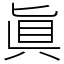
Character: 眞